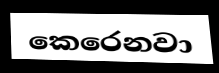
කෙරෙනවා